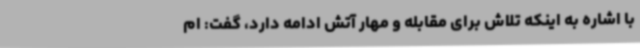
با اشاره به اینکه تلاش برای مقابله و مهار آتش ادامه دارد، گفت: ام